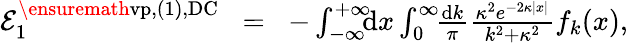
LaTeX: \begin{array}{rlr}{{\cal E}_{1}^{\ensuremath{\mathrm{vp}},(1),\mathrm{DC}}\! }&{=}&{\! -\int_{-\infty}^{+\infty}\! \! \! \mathrm{d}x\int_{0}^{\infty}\! \! \frac{\mathrm dk}{\pi}\frac{\kappa^{2}e^{-2\kappa|x|}}{k^{2}+\kappa^{2}}f_{k}(x),}\end{array}